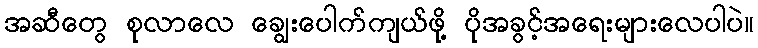
အဆီတွေ စုလာလေ ချွေးပေါက်ကျယ်ဖု့ိ ပိုအခွင့်အရေးများလေပါပဲ။